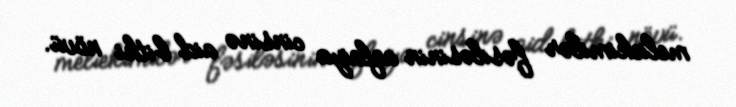
meliekimilər fəsiləsinin aqlaiya cinsinə aid bitki növü.